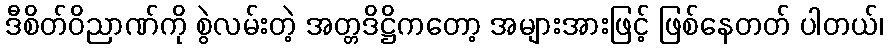
ဒီစိတ်ဝိညာဏ်ကို စွဲလမ်းတဲ့ အတ္တဒိဋ္ဌိကတော့ အများအားဖြင့် ဖြစ်နေတတ် ပါတယ်၊